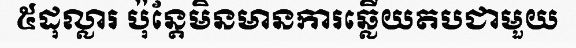
៥ដុល្លារ ប៉ុន្តែមិនមានការឆ្លើយតបជាមួយ